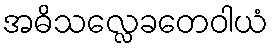
အဓိသလ္လေခတေဝါယံ